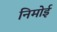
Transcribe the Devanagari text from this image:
निमोई